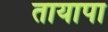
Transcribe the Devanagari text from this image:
तायापा